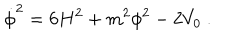
LaTeX: \dot { \phi } ^ { 2 } = 6 H ^ { 2 } + m ^ { 2 } \phi ^ { 2 } - 2 V _ { 0 } \ .